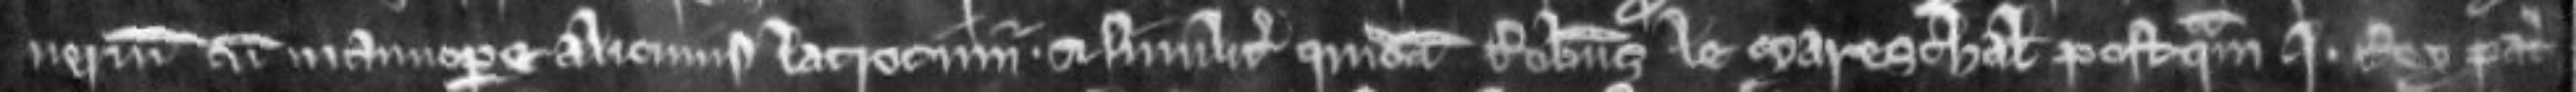
manerium cum manuopere alicujus latrocinii. et similiter quidam Robertus le Mareschall postquam Johannes Rex pater